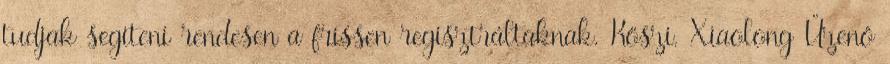
tudjak segíteni rendesen a frissen regisztráltaknak. Köszi. Xiaolong Üzenő